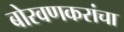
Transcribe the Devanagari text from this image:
बोरवणकरांचा